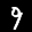
Label: 9